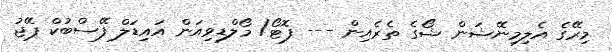
މިރޭގެ އެލިމިނޭޝަން ޝޯގެ ތެރެއިން --- ފޮޓޯ/ މޯލްޑިވިއަން އައިޑަލް ފޭސްބުކް ޕޭޖު